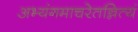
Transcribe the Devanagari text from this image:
अभ्यंगमाचरेतन्नित्यं